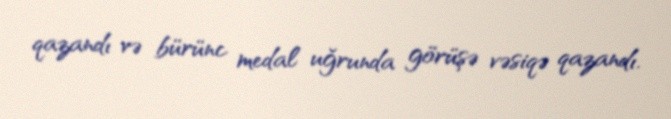
qazandı və bürünc medal uğrunda görüşə vəsiqə qazandı.